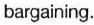
bargaining.